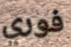
فوري